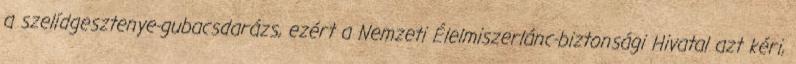
a szelídgesztenye-gubacsdarázs, ezért a Nemzeti Élelmiszerlánc-biztonsági Hivatal azt kéri,